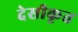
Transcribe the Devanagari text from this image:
देसीकृत